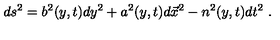
d s ^ { 2 } = b ^ { 2 } ( y , t ) d y ^ { 2 } + a ^ { 2 } ( y , t ) d \vec { x } ^ { 2 } - n ^ { 2 } ( y , t ) d t ^ { 2 } \ .